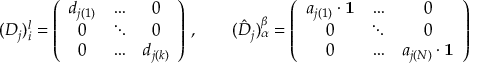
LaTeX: ( D _ { j } ) _ { i } ^ { l } = \left( \begin{array} { c c c } { { d _ { j ( 1 ) } } } & { { \dots } } & { { 0 } } \\ { { 0 } } & { { \ddots } } & { { 0 } } \\ { { 0 } } & { { \dots } } & { { d _ { j ( k ) } } } \end{array} \right) \, , \qquad ( \hat { D } _ { j } ) _ { \alpha } ^ { \beta } = \left( \begin{array} { c c c } { { a _ { j ( 1 ) } \cdot { \bf 1 } } } & { { \dots } } & { { 0 } } \\ { { 0 } } & { { \ddots } } & { { 0 } } \\ { { 0 } } & { { \dots } } & { { a _ { j ( N ) } \cdot { \bf 1 } } } \end{array} \right)